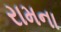
રામના